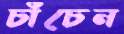
চাঁচেন